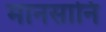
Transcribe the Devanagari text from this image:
मानसानि